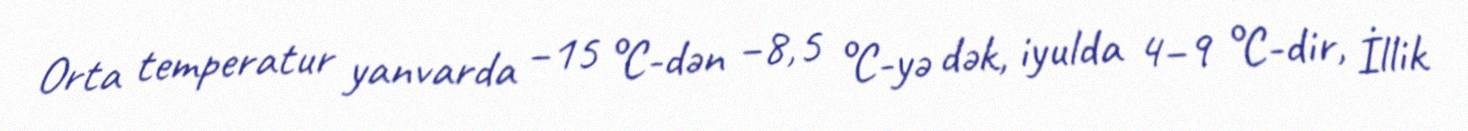
Orta temperatur yanvarda −15 °C-dən −8,5 °C-yə dək, iyulda 4–9 °C-dir, İllik